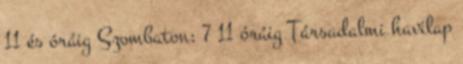
11 és óráig Szombaton: 7 11 óráig Társadalmi havilap